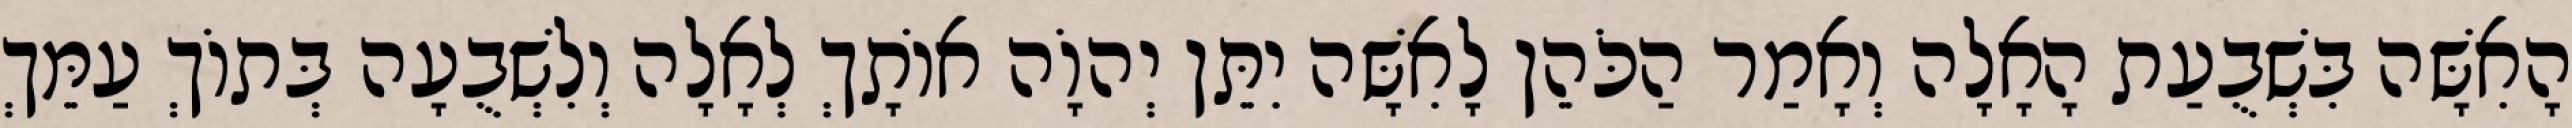
הָאִשָּׁה בִּשְׁבֻעַת הָאָלָה וְאָמַר הַכֹּהֵן לָאִשָּׁה יִתֵּן יְהוָֹה אוֹתָךְ לְאָלָה וְלִשְׁבֻעָה בְּתוֹךְ עַמֵּךְ